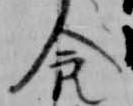
人